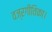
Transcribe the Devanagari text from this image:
वज्रगीतिका।